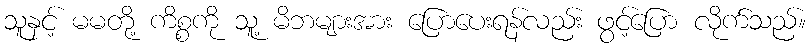
သူနှင့် မမတို့ ကိစ္စကို သူ့ မိဘများအား ပြောပေးရန်လည်း ဖွင့်ပြော လိုက်သည်။